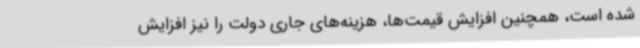
شده است، همچنین افزایش قیمت‌ها، هزینه‌های جاری دولت را نیز افزایش